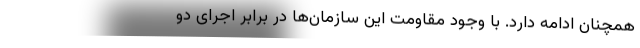
همچنان ادامه دارد. با وجود مقاومت این سازمان‌ها در برابر اجرای دو